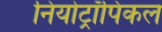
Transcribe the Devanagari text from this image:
नियोट्रॉपिकल